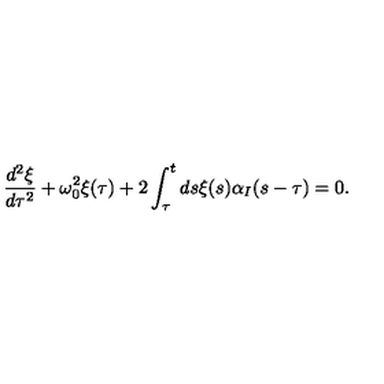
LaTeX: \frac { d ^ { 2 } \xi } { d \tau ^ { 2 } } + \omega _ { 0 } ^ { 2 } \xi ( \tau ) + 2 \int _ { \tau } ^ { t } d s \xi ( s ) \alpha _ { I } ( s - \tau ) = 0 .